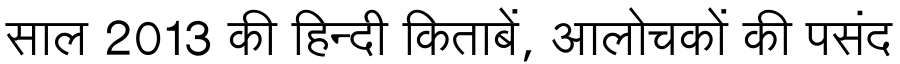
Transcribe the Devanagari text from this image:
साल 2013 की हिन्दी किताबें, आलोचकों की पसंद